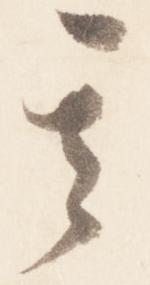
其